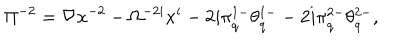
\Pi ^ { - 2 } = \nabla x ^ { - 2 } - \Omega ^ { - 2 i } x ^ { i } - 2 i \pi _ { \dot { q } } ^ { 1 - } \theta _ { \dot { q } } ^ { 1 - } - 2 i \pi _ { \dot { q } } ^ { 2 - } \theta _ { \dot { q } } ^ { 2 - } ,